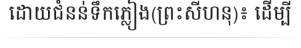
ដោយជំនន់ទឹកភ្លៀង(ព្រះសីហនុ)៖ ដើម្បី